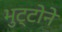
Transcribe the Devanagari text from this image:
भुट्टोने